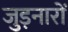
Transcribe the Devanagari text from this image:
जुड़नारों